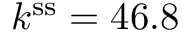
k ^ { \mathrm { s s } } = 4 6 . 8